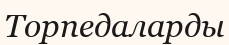
Торпедаларды